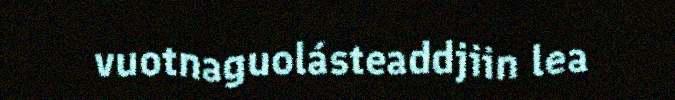
vuotnaguolásteaddjiin lea